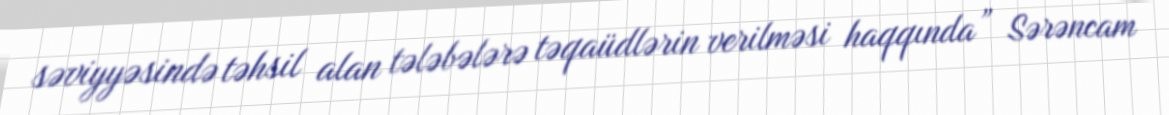
səviyyəsində təhsil alan tələbələrə təqaüdlərin verilməsi haqqında” Sərəncam